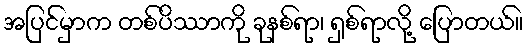
အပြင်မှာက တစ်ပိဿာကို ခုနစ်ရာ၊ ရှစ်ရာလို့ ပြောတယ်။